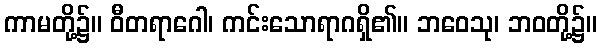
ကာမတို့၌။ ဝီတရာဂေါ၊ ကင်းသောရာဂရှိ၏။ ဘဝေသု၊ ဘဝတို့၌။